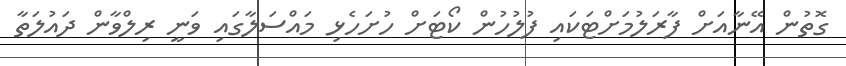
ގޮތުން އޭނާއަށް ފާރަލުމަށްޓަކައި ފުލުހުން ކޯޓަށް ހުށަހެޅި މައްސަލާގައި ވަނީ ރިލްވާން ދައުލަތާ